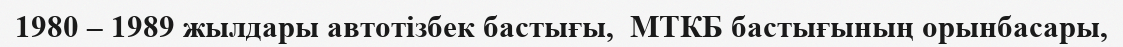
1980 – 1989 жылдары автотізбек бастығы,  МТКБ бастығының орынбасары,